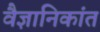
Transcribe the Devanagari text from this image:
वैज्ञानिकांत